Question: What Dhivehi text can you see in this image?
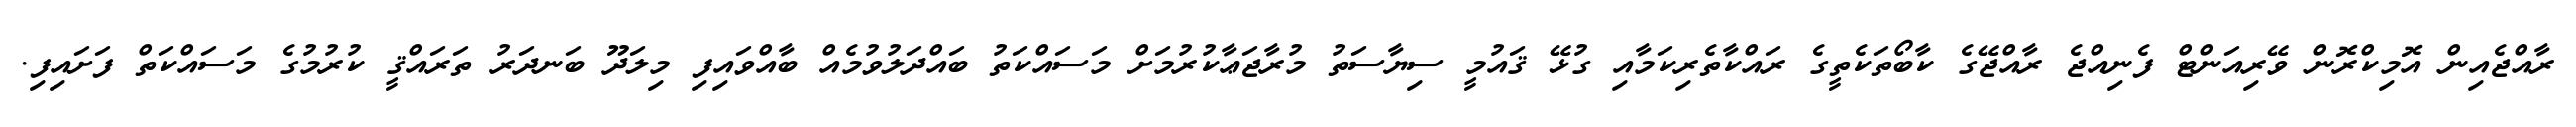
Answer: ރާއްޖެއިން އޮމިކްރޮން ވޭރިއަންޓް ފެނިއްޖެ ރާއްޖޭގެ ކާބޯތަކެތީގެ ރައްކާތެރިކަމާއި ގުޅޭ ޤައުމީ ސިޔާސަތު މުރާޖަޢާކުރުމަށް މަސައްކަތު ބައްދަލުވުމެއް ބާއްވައިފި މިލަދޫ ބަނދަރު ތަރައްޤީ ކުރުމުގެ މަސައްކަތް ފަށައިފި.